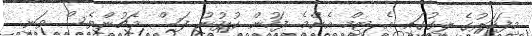
މިފަހަރުގެ ލީގުގައި އެ ޓީމް އެންމެ ފަހުން ކުޅުނު ފަސް މެޗުންވެސް ވަނީ